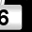
Digit: 6